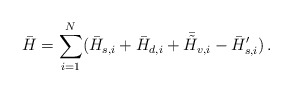
\begin{align*}\bar{H}=\sum_{i=1}^N (\bar{H}_{s,i}+\bar{H}_{d,i}+\bar{\tilde{H}}_{v,i}-\bar{H}'_{s,i})\, .\end{align*}